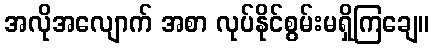
အလိုအလျောက် အစာ လုပ်နိုင်စွမ်းမရှိကြချေ။